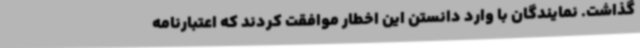
گذاشت. نمایندگان با وارد دانستن این اخطار موافقت کردند که اعتبارنامه